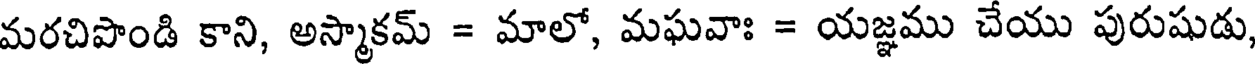
మరచిపొండి కాని, అస్మాకమ్ = మాలో, మఘవాః = యజ్ఞము చేయు పురుషుడు,